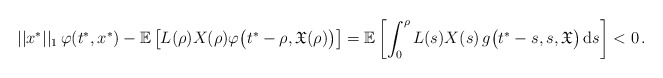
\begin{align*}||x^*||_1\,\varphi(t^*,x^*) - \mathbb{E} \left[L(\rho)X(\rho)\varphi \big(t^*-\rho,\mathfrak{X}(\rho)\big)\right] = \mathbb{E} \left[\int_0^{\rho} L(s)X(s)\, g\big(t^*-s,s,\mathfrak{X}\big)\, \mathrm{d}s \right] <0\,.\end{align*}